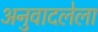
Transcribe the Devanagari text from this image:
अनुवादलेला